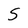
Character: S